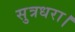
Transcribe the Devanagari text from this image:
सुत्रधरा।